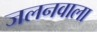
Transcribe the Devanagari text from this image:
जलनवाला